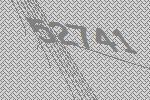
52741